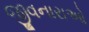
જીવનારાઓ